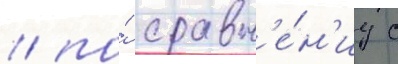
/ по́ сравн'е́н'иу с